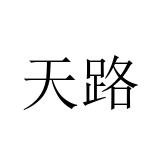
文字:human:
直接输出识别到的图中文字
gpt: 天路